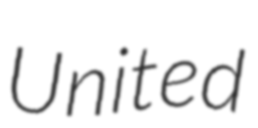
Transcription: United